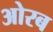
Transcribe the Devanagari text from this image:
ओरब